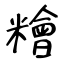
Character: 糩